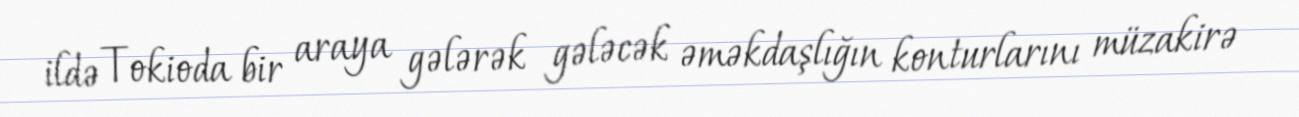
ildə Tokioda bir araya gələrək gələcək əməkdaşlığın konturlarını müzakirə